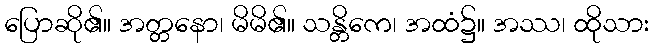
ပြောဆို၏။ အတ္တနော၊ မိမိ၏။ သန္တိကေ၊ အထံ၌။ အဿ၊ ထိုသား